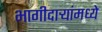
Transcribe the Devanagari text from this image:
भागीदार्‍यांमध्ये